Civil Veterinary Department. Central Provinces & Berar 1932-41 - 1932-1941
Year: 1932
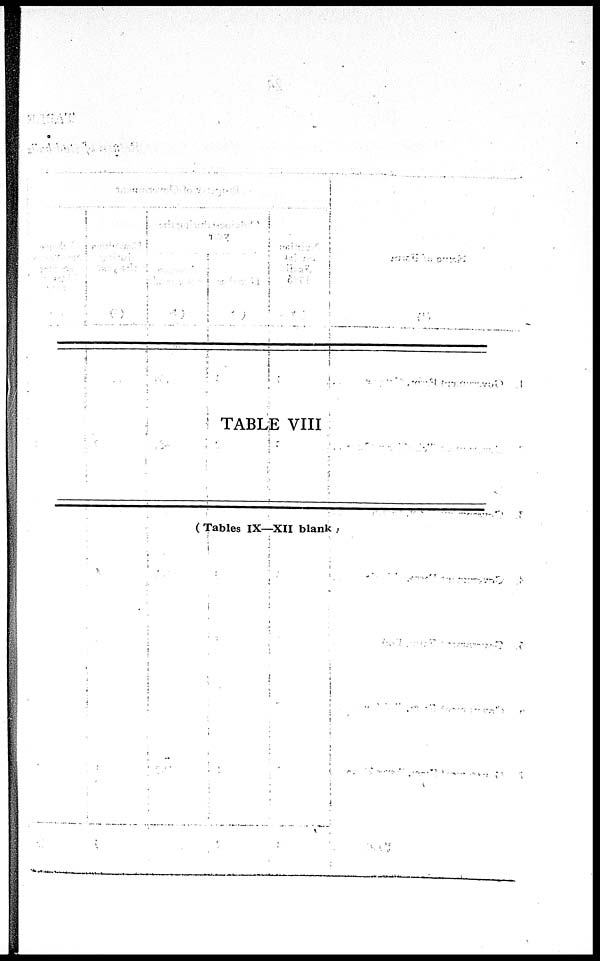
TABLE VIII
( Tables IX—XII blank )